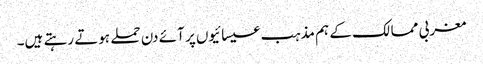
مغربی ممالک کے ہم مذہب عیسائیوں پر آئے دن حملے ہوتے رہتے ہیں۔